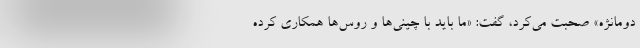
دومانژه» صحبت می‌کرد، گفت: «ما باید با چینی‌ها و روس‌ها همکاری کرده